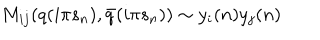
M _ { i j } ( q ( i \pi s _ { n } ) , \bar { q } ( i \pi s _ { n } ) ) \sim y _ { i } ( n ) y _ { j } ( n )